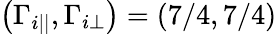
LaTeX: \left(\Gamma_{i||},\Gamma_{i\perp}\right)=\left(7/4,7/4\right)